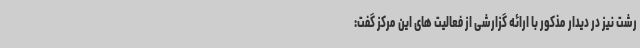
رشت نیز در دیدار مذکور با ارائه گزارشی از فعالیت های این مرکز گفت: